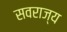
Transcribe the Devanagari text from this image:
सवराज्य